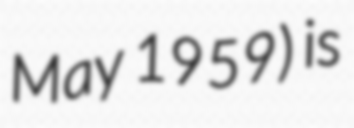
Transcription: May 1959) is